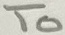
Text: To